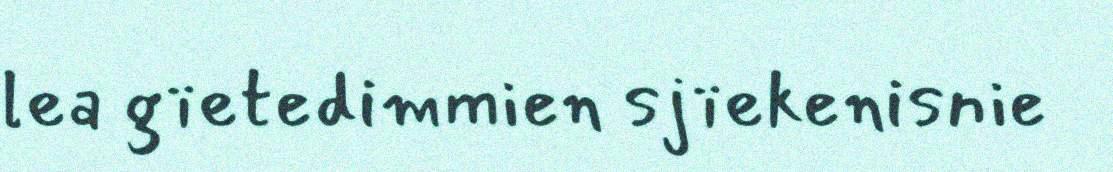
lea gïetedimmien sjïekenisnie